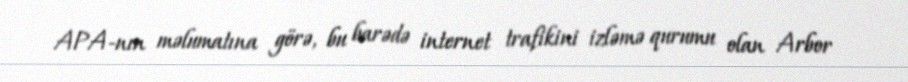
APA-nın məlumatına görə, bu barədə internet trafikini izləmə qurumu olan Arbor